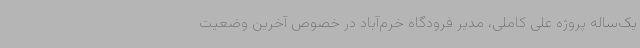
یک‌ساله پروژه علی کاملی، مدیر فرودگاه خرم‌آباد در خصوص آخرین وضعیت